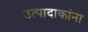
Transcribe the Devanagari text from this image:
उत्पादाकांना